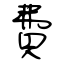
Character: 費